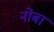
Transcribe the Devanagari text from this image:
नोबा